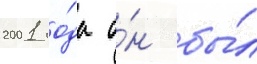
2001 го́да о́н бы́л